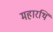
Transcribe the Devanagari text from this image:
महारथि